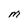
Character: M